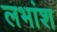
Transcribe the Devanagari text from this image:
लभांश